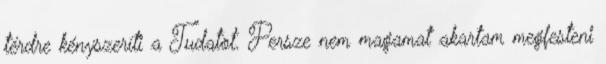
térdre kényszeríti a Tudatot. Persze nem magamat akartam megfesteni